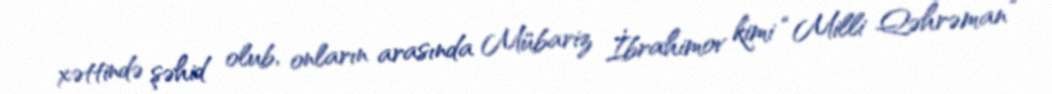
xəttində şəhid olub, onların arasında Mübariz İbrahimov kimi “Milli Qəhrəman”